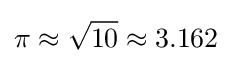
\pi \approx {\sqrt {10}}\approx 3.162